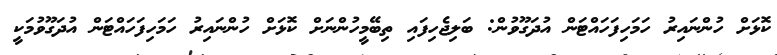
ކޮޅަށް ހުންނައިރު ހަމަހިފަހައްޓަން އުދަގޫވުން: ބަލިޖެހިފައި ތިބޭމީހުންނަށް ކޮޅަށް ހުންނައިރު ހަމަހިފަހައްޓަން އުދަގޫވުމަކީ